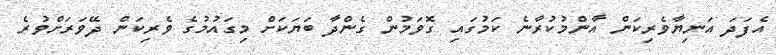
އެފަދަ އަނިޔާވެރިކަން އާންމުކުރާނެ ކަމުގައި ގޮވަމުން ގެންދާ ބަޔަކަށް މިގައުމުގެ ވެރިކަން ދޭވަރަށްވުރެ